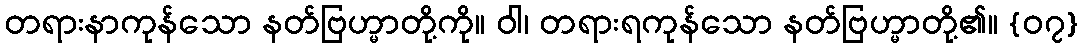
တရားနာကုန်သော နတ်ဗြဟ္မာတို့ကို။ ဝါ၊ တရားရကုန်သော နတ်ဗြဟ္မာတို့၏။ {၀၇}